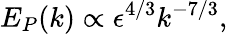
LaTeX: E_{P}(k)\propto\epsilon^{4/3}k^{-7/3},